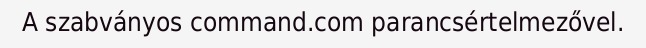
A szabványos command.com parancsértelmezővel.